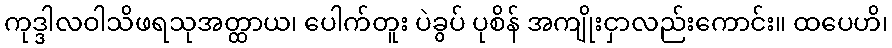
ကုဒ္ဒါလဝါသိဖရသုအတ္ထာယ၊ ပေါက်တူး ပဲခွပ် ပုစိန် အကျိုးငှာလည်းကောင်း။ ထပေဟိ၊